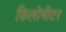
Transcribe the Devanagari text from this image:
किलॊमीटर